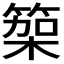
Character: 𮅭